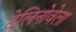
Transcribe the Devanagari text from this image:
टेलिनोवेला